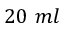
2 0 ~ m l